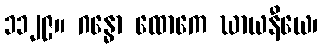
၁၁၂၉။ ဂန္ဓော ထောကေ ဃာယနီယေ၊